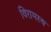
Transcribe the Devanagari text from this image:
विरामस्थ